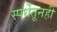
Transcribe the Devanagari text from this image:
स्पर्धेतूनही